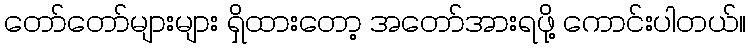
တော်တော်များများ ရှိထားတော့ အတော်အားရဖို့ ကောင်းပါတယ်။